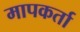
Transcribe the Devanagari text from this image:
मापकर्ता